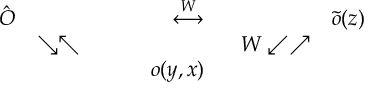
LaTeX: \begin{array} { r l r l r l } { { \hat { O } } } & { { } } & { { \stackrel { \cal W } { \longleftrightarrow } } } & { { ~ } } & { { \tilde { o } ( z ) \nonumber } } \\ { { } } & { { \searrow \nwarrow } } & { { } } & { { ~ ~ W \swarrow \nearrow } } & { { \nonumber } } \\ { { } } & { { } } & { { ~ ~ ~ ~ ~ ~ ~ o ( y , x ) } } & { { } } & { { } } \end{array}